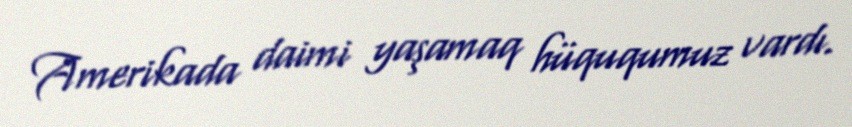
Amerikada daimi yaşamaq hüququmuz vardı.